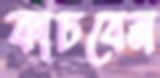
কাচবেন